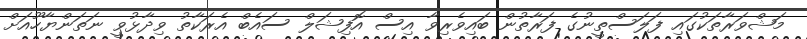
މަޝްވަރާތަކުގައި ފަލަސްތީނުގެ ފަރާތުން ބައިވެރިވާ އިސް އޮފިޝަލް ސައެބް އެރަކާތު ވިދާޅުވީ ނަތަންޔާހޫއަށް